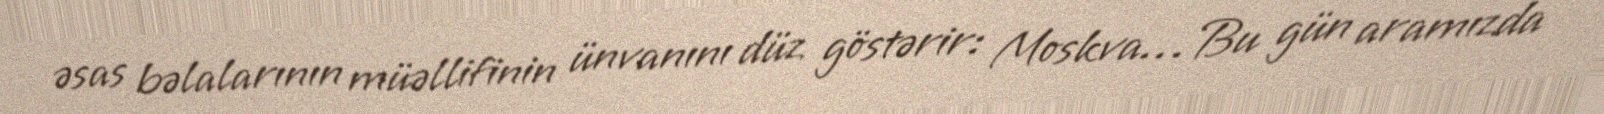
əsas bəlalarının müəllifinin ünvanını düz göstərir: Moskva… Bu gün aramızda